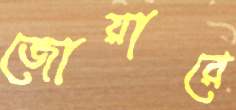
জোয়ারে